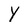
Character: Y